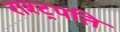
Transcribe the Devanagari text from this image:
राश्ट्रपति